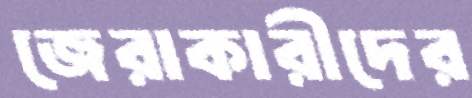
জেরাকারীদের